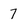
Character: 7